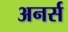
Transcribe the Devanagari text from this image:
अनर्स